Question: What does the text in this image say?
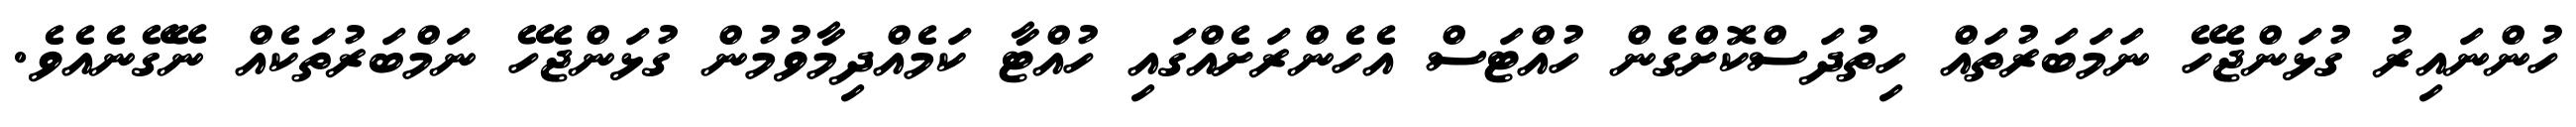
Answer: ހުންނައިރު ގުޅަންޖެހޭ ނަމަބަރުތައް ހިތުދަސްކޮށްގެން ހުއްޓަސް އެހެންރަށެއްގައި ހުއްޓާ ކަމެއްދިމާވުމުން ގުޅަންޖެހޭ ނަމްބަރުތަކެއް ނޭގޭނެއެވެ.